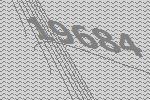
19684